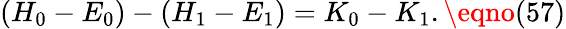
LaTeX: (H_{0}-E_{0})-(H_{1}-E_{1})=K_{0}-K_{1}.\eqno(57)